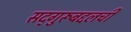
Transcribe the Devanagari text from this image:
सद्‌गुरूबद्दलची